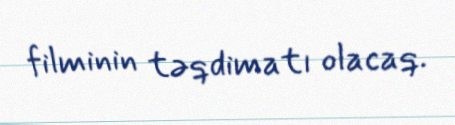
filminin təqdimatı olacaq.